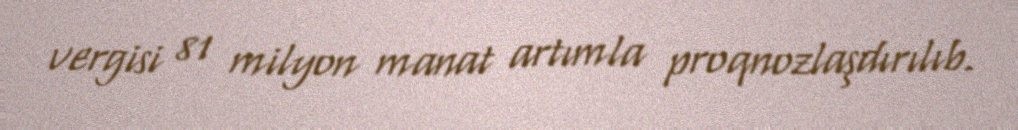
vergisi 81 milyon manat artımla proqnozlaşdırılıb.